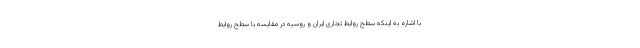
با اشاره به اینکه سطح روابط تجاری ایران و روسیه در مقایسه با سطح روابط